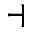
\dashv